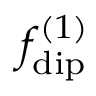
f _ { \mathrm { d i p } } ^ { ( 1 ) }